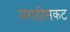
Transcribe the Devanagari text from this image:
मराठीसकट